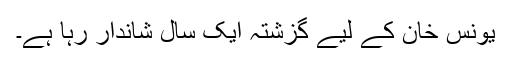
یونس خان کے لیے گزشتہ ایک سال شاندار رہا ہے۔